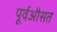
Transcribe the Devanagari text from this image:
पूर्वऔसत